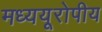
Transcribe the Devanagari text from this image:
मध्ययूरोपीय